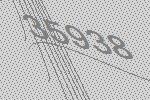
35938